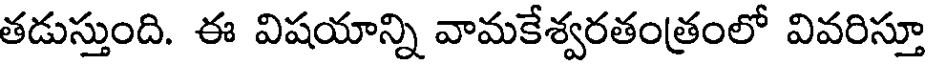
తడుస్తుంది. ఈ విషయాన్ని వామకేశ్వరతంత్రంలో వివరిస్తూ